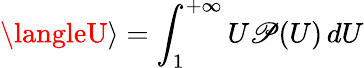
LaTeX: \langleU\rangle=\int_{1}^{+\infty}U\mathscr{P}(U)\, dU